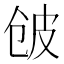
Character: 𱎲